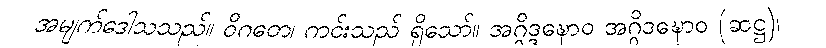
အမျက်ဒေါသသည်။ ဝိဂတေ၊ ကင်းသည် ရှိသော်။ အဂ္ဂိဒ္ဒဍ္ဎောဝ အဂ္ဂိဒဍ္ဎောဝ (ဆဋ္ဌ)၊